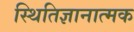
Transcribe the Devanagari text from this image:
स्थितिज्ञानात्मक